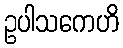
ဥပါသကေဟိ